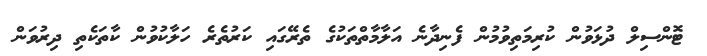
ޓޮންސިލް ދުޅަވުން ކުރިމަތިވުމުން ފެނިދާނެ އަލާމާތްތަކުގެ ތެރޭގައި ކަރުތެރެ ހަލާކުވުން ކާތަކެތި ދިރުވަން